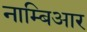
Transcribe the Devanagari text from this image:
नाम्बिआर